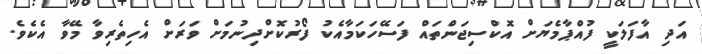
އަދި އާފަލަކީ ފުއްޕާމެޔަށް އޮކްސިޖަންތައް ފަސޭހަކަމާއެކު ފޯރުކޮށްދިނުމަށް ވަރަށް އެހިތެރިވާ މޭވާ އެކެވެ.